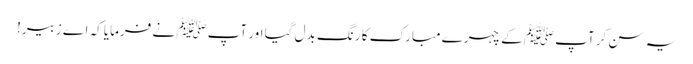
یہ سن کر آپﷺ کے چہرے مبارک کا رنگ بدل گیا اور آپﷺ نے فرمایا کہ اے زبیر!